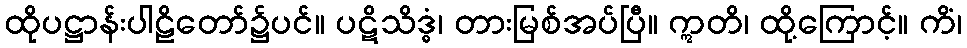
ထိုပဋ္ဌာန်းပါဠိတော်၌ပင်။ ပဋိသိဒ္ဓံ၊ တားမြစ်အပ်ပြီ။ ဣတိ၊ ထို့ကြောင့်။ ကိံ၊